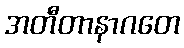
အတီတာနာဂတေ